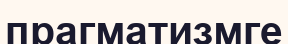
прагматизмге